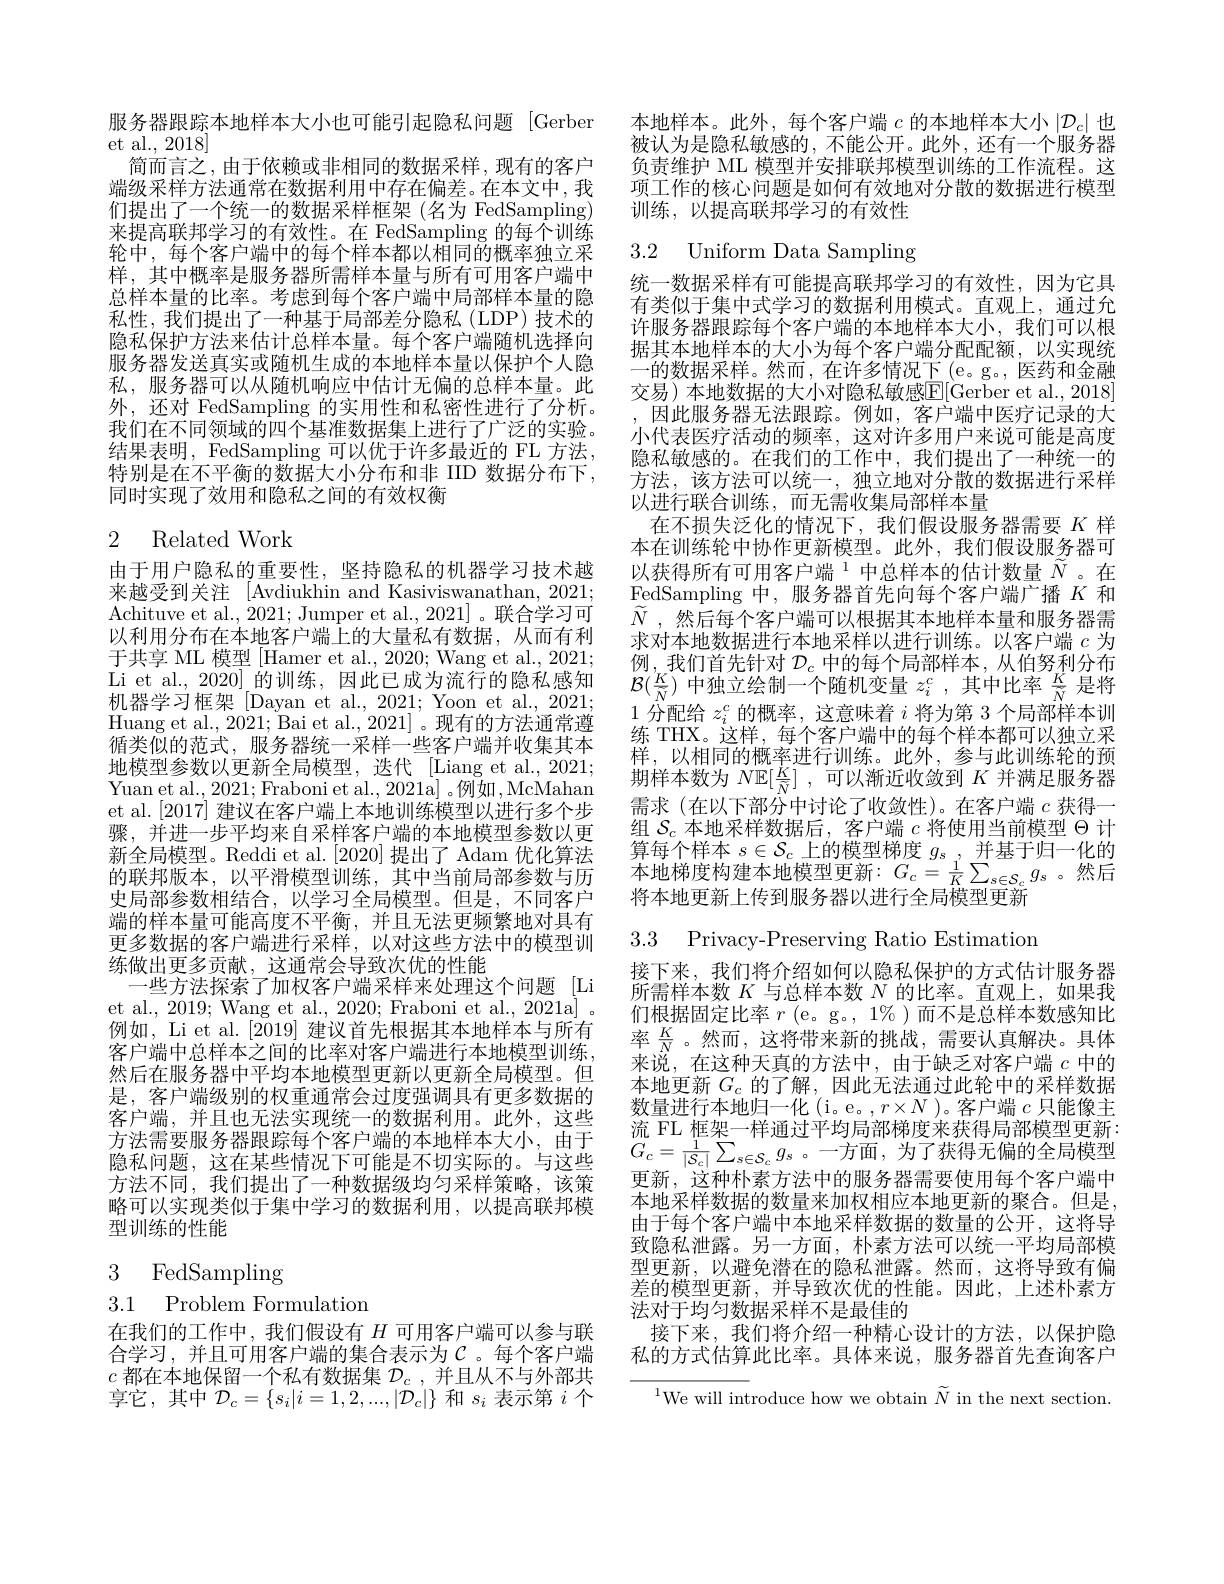
服务器跟踪本地样本大小也可能引起隐私问题 [Gerber
et al., 2018]
简而言之，由于依赖或非相同的数据采样，现有的客户端级采样方法通常在数据利用中存在偏差。在本文中，我们提出了一个统一的数据采样框架 (名为 FedSampling) 来提高联邦学习的有效性。在 FedSampling 的每个训练轮中，每个客户端中的每个样本都以相同的概率独立采样，其中概率是服务器所需样本量与所有可用客户端中总样本量的比率。考虑到每个客户端中局部样本量的隐私性，我们提出了一种基于局部差分隐私(LDP)技术的隐私保护方法来估计总样本量。每个客户端随机选择向服务器发送真实或随机生成的本地样本量以保护个人隐私，服务器可以从随机响应中估计无偏的总样本量。此外，还对 FedSampling 的实用性和私密性进行了分析。我们在不同领域的四个基准数据集上进行了广泛的实验。结果表明，FedSampling 可以优于许多最近的 FL 方法， 特别是在不平衡的数据大小分布和非 IID 数据分布下， 同时实现了效用和隐私之间的有效权衡

## 2 Related Work

由于用户隐私的重要性，坚持隐私的机器学习技术越来越受到关注 [Avdiukhin and Kasiviswanathan, 2021; Achituve et al., 2021; Jumper et al., 2021]。联合学习可以利用分布在本地客户端上的大量私有数据，从而有利于共享 ML 模型 [Hamer et al., 2020; Wang et al., 2021; Li et al., 2020]的训练，因此已成为流行的隐私感知机器学习框架 [Dayan et al., 2021; Yoon et al., 2021; Huang et al., 2021; Bai et al., 2021] 。现有的方法通常遵循类似的范式，服务器统一采样一些客户端并收集其本地模型参数以更新全局模型，迭代[Liang et al., 2021; Yuan et al., 2021; Fraboni et al., 2021a] 。例如，McMahan et al.[2017] 建议在客户端上本地训练模型以进行多个步骤，并进一步平均来自采样客户端的本地模型参数以更新全局模型。Reddi et al. [2020]提出了 Adam 优化算法的联邦版本，以平滑模型训练，其中当前局部参数与历史局部参数相结合，以学习全局模型。但是，不同客户端的样本量可能高度不平衡，并且无法更频繁地对具有更多数据的客户端进行采样，以对这些方法中的模型训练做出更多贡献，这通常会导致次优的性能
一些方法探索了加权客户端采样来处理这个问题 [Li et al., 2019; Wang et al., 2020; Fraboni et al., 2021a| 。例如，Li et al. [2019] 建议首先根据其本地样本与所有客户端中总样本之间的比率对客户端进行本地模型训练， 然后在服务器中平均本地模型更新以更新全局模型。但是，客户端级别的权重通常会过度强调具有更多数据的客户端，并且也无法实现统一的数据利用。此外，这些方法需要服务器跟踪每个客户端的本地样本大小，由于隐私问题，这在某些情况下可能是不切实际的。与这些方法不同，我们提出了一种数据级均匀采样策略，该策略可以实现类似于集中学习的数据利用，以提高联邦模型训练的性能

3 FedSampling

3.1 Problem Formulation

在我们的工作中，我们假设有$H$可用客户端可以参与联合学习，并且可用客户端的集合表示为$\mathcal{C}$。每个客户端$c$都在本地保留一个私有数据集$\mathcal{D}_c$,并且从不与外部共享它，其中$\mathcal{D}_c=\{s_i|i=1,2,...,|\mathcal{D}_c|\}$和$s_i$表示第$i$个

本地样本。此外，每个客户端$c$的本地样本大小$\left|\mathcal{D}_c\right|$也被认为是隐私敏感的，不能公开。此外，还有一个服务器负责维护 ML 模型并安排联邦模型训练的工作流程。这项工作的核心问题是如何有效地对分散的数据进行模型训练，以提高联邦学习的有效性

3.2 Uniform Data Sampling

统一数据采样有可能提高联邦学习的有效性，因为它具有类似于集中式学习的数据利用模式。直观上，通过允许服务器跟踪每个客户端的本地样本大小，我们可以根据其本地样本的大小为每个客户端分配配额，以实现统一的数据米样。然而，在许多情况下(e。g。民药相金融交易)本地数据的大小对隐私敏感E[Gerber et al.,2018] 因此服务器无法跟踪。例如、客户端中医疗记录的大小代表医疗活动的频率，这对许多用户来说可能是高度隐私敏感的。在我们的工作中，我们提出了一种统一的方法，该方法可以统一，独立地对分散的数据进行采样以进行联合训练，而无需收集局部样本量
在不损失泛化的情况下，我们假设服务器需要$K$样本在训练轮中协作更新模型。此外，我们假设服务器可以获得所有可用客户端$^{1}$中总样本的估计数量 $\widetilde{N}$。在FedSampling 中，服务器首先向每个客户端广播$K$和$\widetilde{N}$ , 然后每个客户端可以根据其本地样本量和服务器需求对本地数据进行本地采样以进行训练。以客户端$c$为例，我们首先针对 $\mathcal{D}_c$ 中的每个局部样本，从伯努利分布$\mathcal{B}(\frac K{\widetilde{N}})$中独立绘制一个随机变量$z_i^c$ ,其中比率$\frac K{\widetilde{N}}$是将1分配给$z_i^c$的概率，这意味着$i$将为第 3 个局部样本训练 THX。这样，每个客户端中的每个样本都可以独立采样，以相同的概率进行训练。此外，参与此训练轮的预期样本数为$N\mathbb{E} [ \frac K{\tilde{N} }]$ ,可以渐近收敛到$K$并满足服务器需求 (在以下部分中讨论了收敛性)。在客户端$c$获得一组$\mathcal{S}_c$本地采样数据后，客户端$c$将使用当前模型$\Theta$计算每个样本$s\in\mathcal{S}_c$上的模型梯度$g_s$ , 并基于归一化的本地梯度构建本地模型更新$:G_c=\frac1K\sum_{s\in\mathcal{S}_c}g_s$。然后将本地更新上传到服务器以进行全局模型更新

3.3 Privacy-Preserving Ratio Estimatior

接下来，我们将介绍如何以隐私保护的方式估计服务器所需样本数$K$与总样本数$N$的比率。直观上，如果我们根据固定比率$r$ (e。g。, 1%)而不是总样本数感知比率$\frac KN$。然而，这将带来新的挑战，需要认真解决。具体来说，在这种天真的方法中，由于缺乏对客户端$c$中的本地更新$G_c$的了解，因此无法通过此轮中的采样数据数量进行本地归一化(i。e。,$r\times N$ )。客户端$c$只能像主流 FL 框架一样通过平均局部梯度来获得局部模型更新： $G_{c}=\frac{1}{|\mathcal{S}_{c}|}\sum_{s\in\mathcal{S}_{c}}g_{s}$。一方面，为了获得无偏的全局模型更新，这种朴素方法中的服务器需要使用每个客户端中本地采样数据的数量来加权相应本地更新的聚合。但是， 由于每个客户端中本地采样数据的数量的公开，这将导致隐私泄露。另一方面，朴素方法可以统一平均局部模型更新，以避免潜在的隐私泄露。然而，这将导致有偏差的模型更新，并导致次优的性能。因此，上述朴素方法对于均匀数据采样不是最佳的
接下来，我们将介绍一种精心设计的方法，以保护隐私的方式估算此比率。具体来说，服务器首先查询客户

$^{1}$We will introduce how we obtain $\widetilde{N}$ in the next section